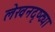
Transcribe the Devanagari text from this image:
लेखनदृष्ट्या